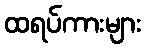
ထရပ်ကားများ